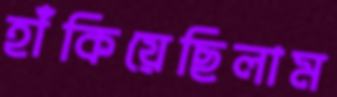
হাঁকিয়েছিলাম